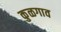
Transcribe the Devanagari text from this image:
कुळगाव